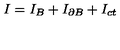
I = I _ { B } + I _ { \partial B } + I _ { c t }